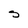
Character: S